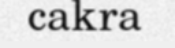
cakra